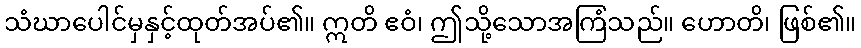
သံဃာပေါင်မှနှင့်ထုတ်အပ်၏။ ဣတိ ဧဝံ၊ ဤသို့သောအကြံသည်။ ဟောတိ၊ ဖြစ်၏။